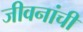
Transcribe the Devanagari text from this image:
जीवनांची